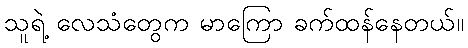
သူရဲ့ လေသံတွေက မာကြော ခက်ထန်နေတယ်။